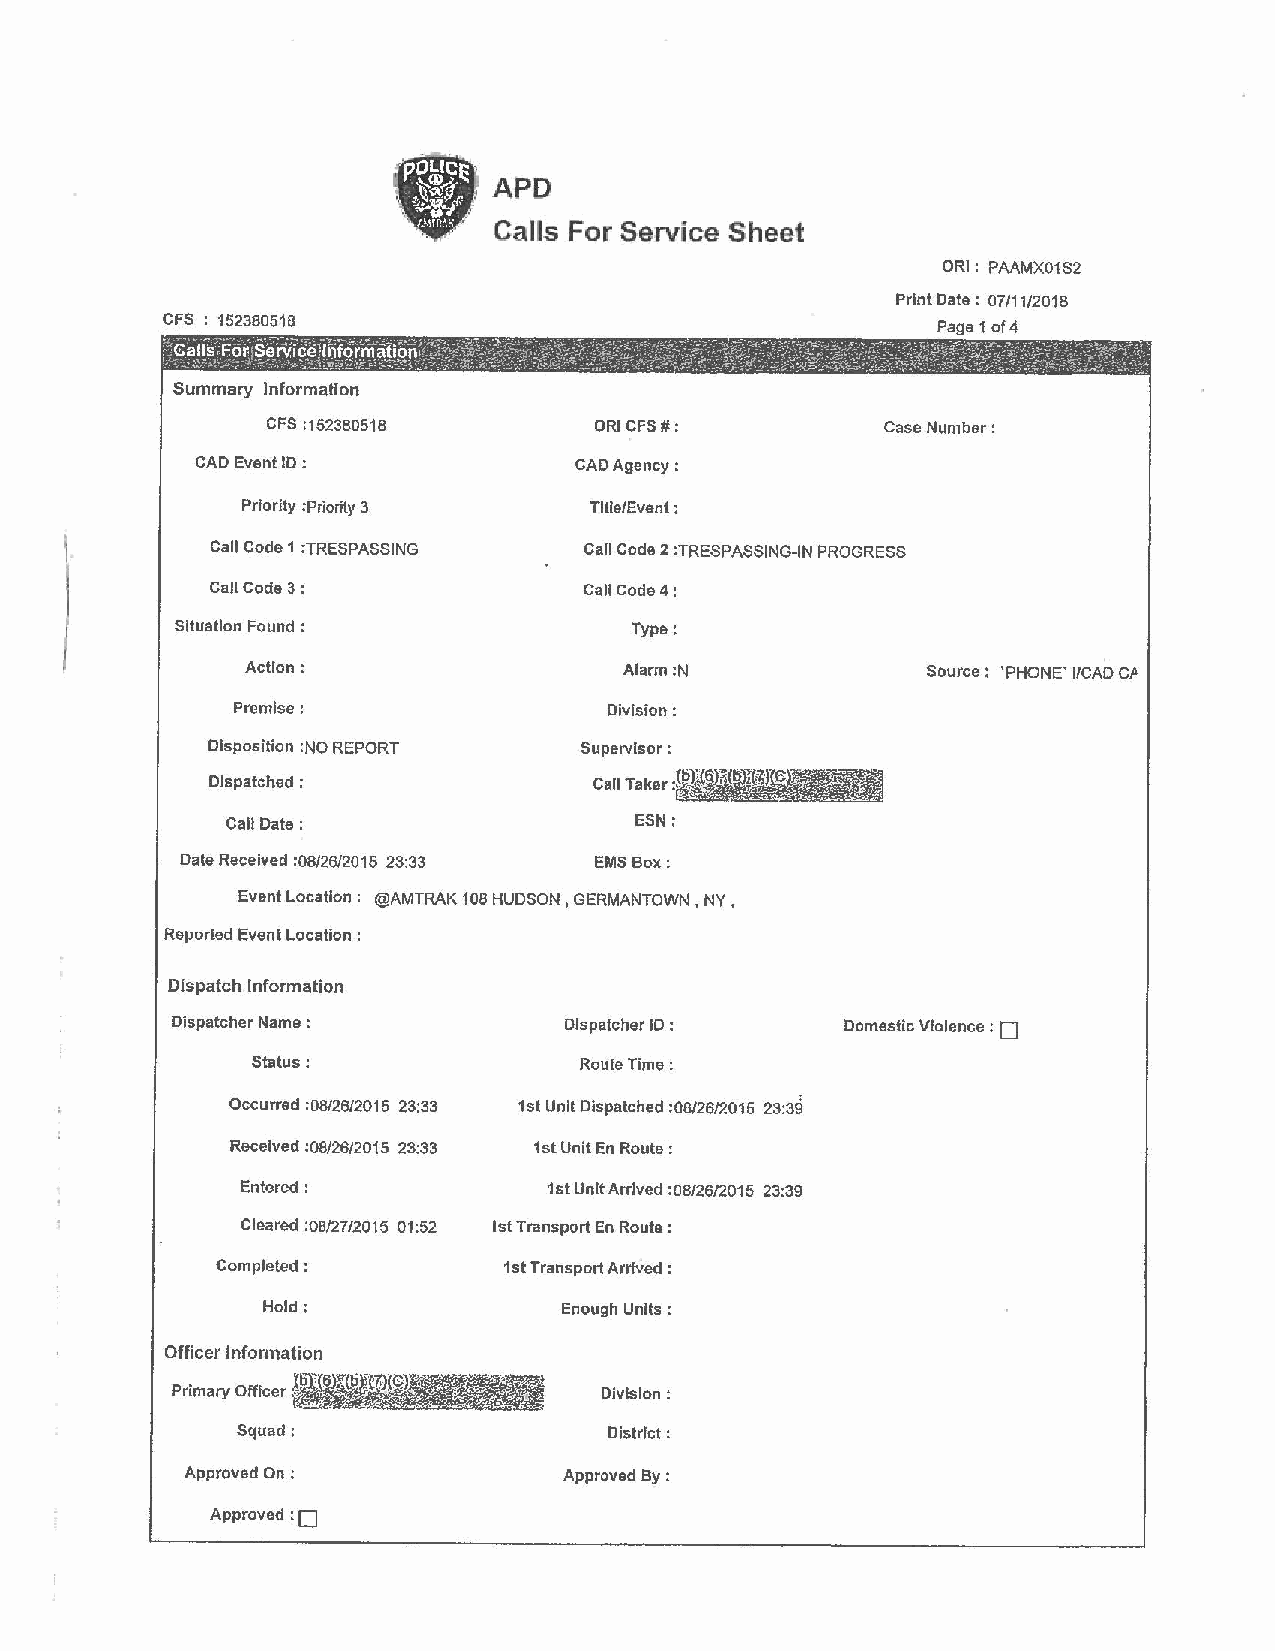
APO
 Calls For Service Sheet
 ORI: PAAMX01S2
 Print Date: 07/11/2018
 CFS 152380518
 Page 1 of 4
 Summary Information
 CFS :152380518       ORI CFS#:          Case Number:
 CAD Event ID :           CAD Agency:
 Prlo rlty :Priority 3  Title/Event :
 l
 Call Code 1 :TRESPASSING Call Code 2 :TRESPASSING-IN PROGRESS
 Call Code 3:             Call Code 4:
 )
 Situation Found :             Type:
 Action:                  Alarm :N            Source: 'PHONE' I/CAD GP
 Premise:                 Division:
 Disposition :NO REPORT  Supervisor:
 Dispatched :             Call Taker:
 Call Date:                 ESN:
 Date Received :08/26/2015 23:33 EMS Box:
 Event Location: @AMTRAK 108 HUDSON, GERMANTOWN, NY,
 Reported Event Location :
 Dispatch Information
 Dispatcher Name :         Dispatcher ID :    Domestic Vlolence: O
 Status:              Route Time:
 Occurred :08/26/2015 23:33 1st Unit Dispatched :08/26/2015 23:39
 Received :08/26/2015 23:33 1st Unit En Route:
 Entered:            1stUnltArrlved :08/26/2015 23:39
 Cleared :OB/27/2015 01:52 1st Transport En Route :
 Completed:         1st Transport Arrived :
 Hold:               Enough Units :
 Officer Information
 Primary Officer              Division:
 Squad:                  District:
 Approved On :            Approved By :
 :o
 Approved